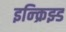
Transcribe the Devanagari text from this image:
इन्क्रिझ्ड